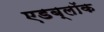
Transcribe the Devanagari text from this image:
एडब्लॉक